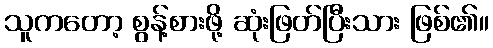
သူကတော့ စွန့်စားဖို့ ဆုံးဖြတ်ပြီးသား ဖြစ်၏။